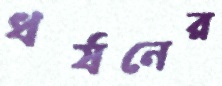
ধর্ষনের